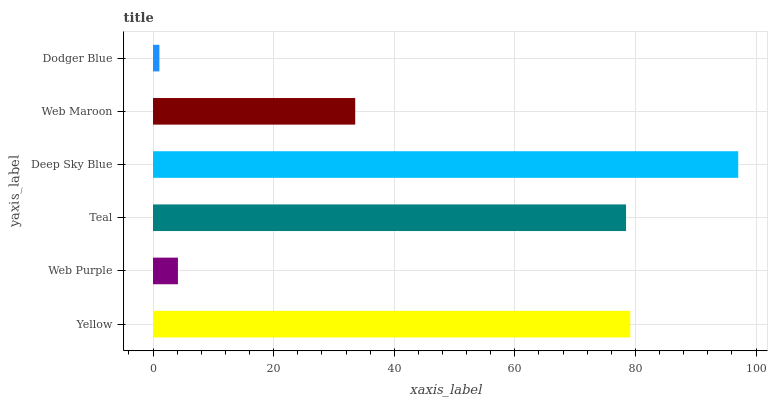
| yaxis_label | bars |
 | --- | --- |
 | Yellow | 79.1 |
 | Web Purple | 4.13 |
 | Teal | 78.4 |
 | Deep Sky Blue | 97 |
 | Web Maroon | 33.5 |
 | Dodger Blue | 1.06 |